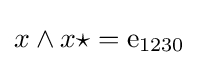
x\wedge x\star ={\text{e}}_{1230}